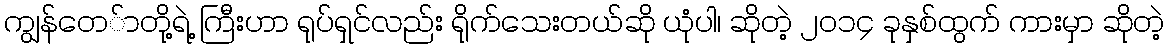
ကျွန်တေ်ာတို့ရဲ့ ကြီးဟာ ရုပ်ရှင်လည်း ရိုက်သေးတယ်ဆို ယုံပါ၊ ဆိုတဲ့ ၂၀၁၄ ခုနှစ်ထွက် ကားမှာ ဆိုတဲ့